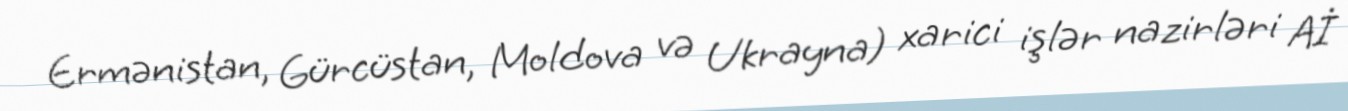
Ermənistan, Gürcüstan, Moldova və Ukrayna) xarici işlər nazirləri Aİ